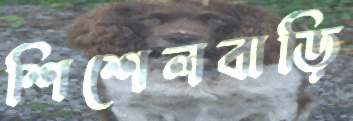
শিশেলবাড়ি